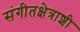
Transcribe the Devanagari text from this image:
संगीतक्षेत्राशी